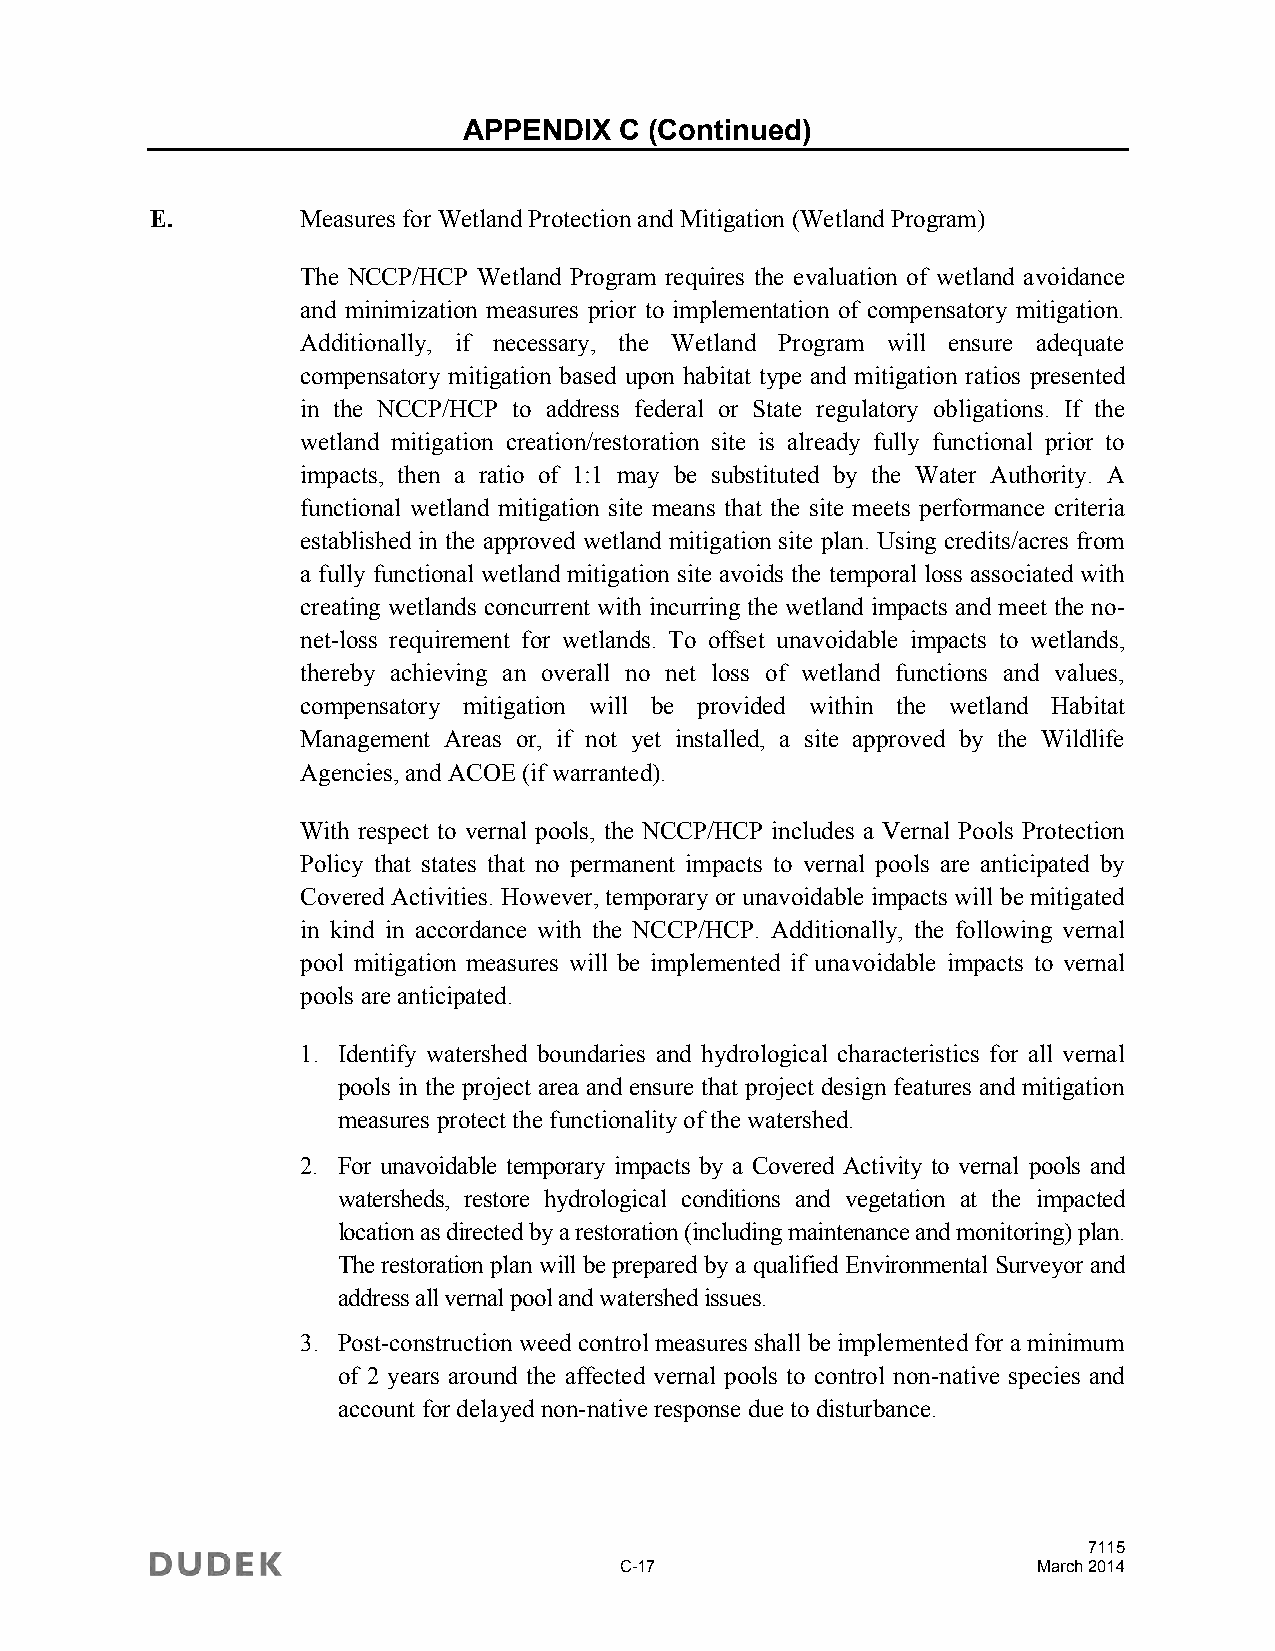
APPENDIX  C (Continued)
 E.        Measures for Wetland Protection and Mitigation (Wetland Program)
 The NCCP/HCP Wetland Program requires the evaluation of wetland avoidance
 and minimization measures prior to implementation of compensatory mitigation.
 Additionally, if necessary, the Wetland Program will ensure adequate
 compensatory mitigation based upon habitat type and mitigation ratios presented
 in the NCCP/HCP to address federal or State regulatory obligations. If the
 wetland mitigation creation/restoration site is already fully functional prior to
 impacts, then a ratio of 1:1 may be substituted by the Water Authority. A
 functional wetland mitigation site means that the site meets performance criteria
 established in the approved wetland mitigation site plan. Using credits/acres from
 a fully functional wetland mitigation site avoids the temporal loss associated with
 creating wetlands concurrent with incurring the wetland impacts and meet the no-
 net-loss requirement for wetlands. To offset unavoidable impacts to wetlands,
 thereby achieving an overall no net loss of wetland functions and values,
 compensatory mitigation will be provided within the wetland Habitat
 Management Areas or, if not yet installed, a site approved by the Wildlife
 Agencies, and ACOE (if warranted).
 With respect to vernal pools, the NCCP/HCP includes a Vernal Pools Protection
 Policy that states that no permanent impacts to vernal pools are anticipated by
 Covered Activities. However, temporary or unavoidable impacts will be mitigated
 in kind in accordance with the NCCP/HCP. Additionally, the following vernal
 pool mitigation measures will be implemented if unavoidable impacts to vernal
 pools are anticipated.
 1. Identify watershed boundaries and hydrological characteristics for all vernal
 pools in the project area and ensure that project design features and mitigation
 measures protect the functionality of the watershed.
 2. For unavoidable temporary impacts by a Covered Activity to vernal pools and
 watersheds, restore hydrological conditions and vegetation at the impacted
 location as directed by a restoration (including maintenance and monitoring) plan.
 The restoration plan will be prepared by a qualified Environmental Surveyor and
 address all vernal pool and watershed issues.
 3. Post-construction weed control measures shall be implemented for a minimum
 of 2 years around the affected vernal pools to control non-native species and
 account for delayed non-native response due to disturbance.
 7115
 C-17                        March 2014